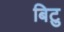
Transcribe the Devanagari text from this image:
बिटु